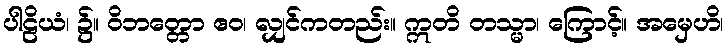
ပါဠိယံ၊ ၌။ ဝိဘတ္တော ဧဝ၊ လျှင်ကတည်း။ ဣတိ တသ္မာ၊ ကြောင့်။ အမှေဟိ၊